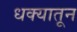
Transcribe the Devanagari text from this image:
धक्यातून